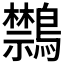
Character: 𪇎